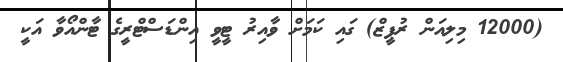
(12000 މިލިއަން ރުޕީޒް) ގައި ކަމަށް ވާއިރު ޓީވީ އިންޑަސްޓްރީގެ ޓާންއޯވާ އަކީ